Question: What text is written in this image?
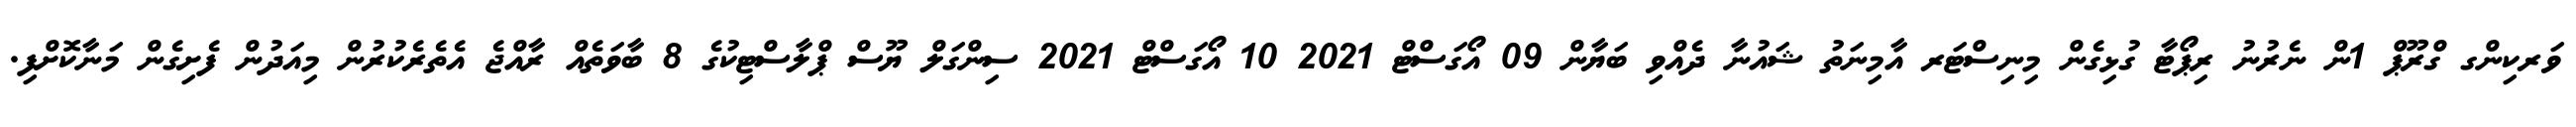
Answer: ވަރކިންގ ގްރޫޕް 1ން ނެރުނު ރިޕޯޓާ ގުޅިގެން މިނިސްޓަރ އާމިނަތު ޝައުނާ ދެއްވި ބަޔާން 09 އޯގަސްޓް 2021 10 އޯގަސްޓް 2021 ސިންގަލް ޔޫސް ޕްލާސްޓިކުގެ 8 ބާވަތެއް ރާއްޖެ އެތެރެކުރުން މިއަދުން ފެށިގެން މަނާކޮށްފި.